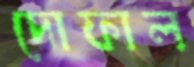
দোফাল